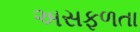
અસફળતા